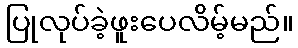
ပြုလုပ်ခဲ့ဖူးပေလိမ့်မည်။